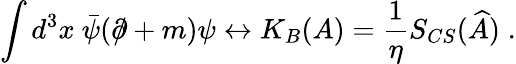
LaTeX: \int d^{3}x~\bar{\psi}(\partial\! \! \! /+m)\psi\leftrightarrow K_{B}(A)=\frac 1\eta S_{CS}(\widehat{A})\; .